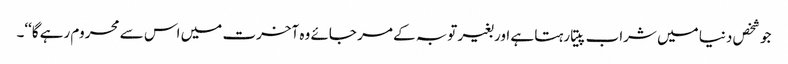
جو شخص دنیا میں شراب پیتا رہتا ہے اور بغیر توبہ کے مر جائے وہ آخرت میں اس سے محروم رہے گا‘‘۔